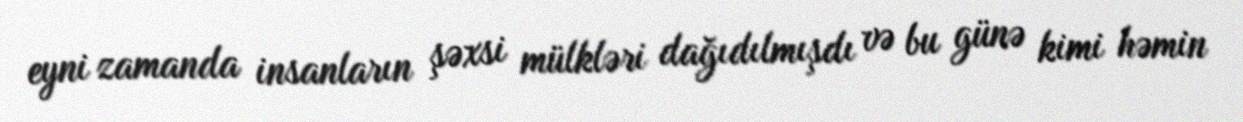
eyni zamanda insanların şəxsi mülkləri dağıdılmışdı və bu günə kimi həmin